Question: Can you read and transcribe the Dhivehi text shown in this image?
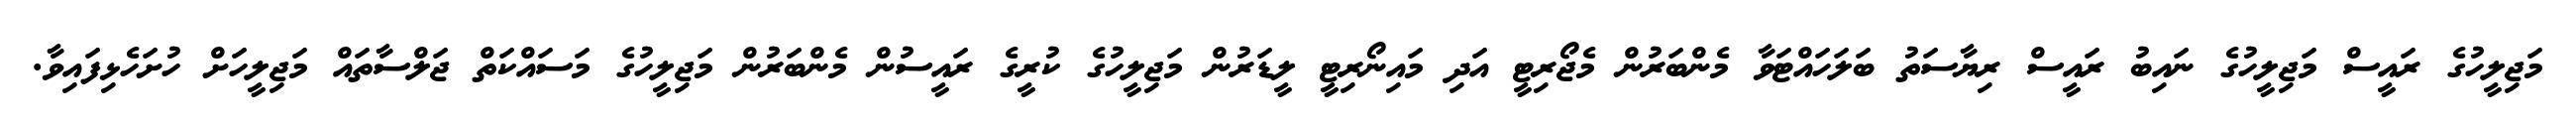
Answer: މަޖިލީހުގެ ރައީސް މަޖިލީހުގެ ނައިބު ރައީސް ރިޔާސަތު ބަލަހައްޓަވާ މެންބަރުން މެޖޯރިޓީ އަދި މައިނޯރިޓީ ލީޑަރުން މަޖިލީހުގެ ކުރީގެ ރައީސުން މެންބަރުން މަޖިލީހުގެ މަސައްކަތް ޖަލްސާތައް މަޖިލީހަށް ހުށަހެޅިފައިވާ.